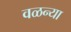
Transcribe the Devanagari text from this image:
वळन्या